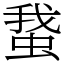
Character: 䖸